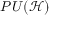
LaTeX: P U ( { \mathcal { H } } )